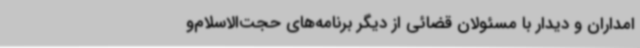
امداران و دیدار با مسئولان قضائی از دیگر برنامه‌های حجت‌الاسلام‌و